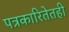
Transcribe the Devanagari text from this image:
पत्रकारितेतही